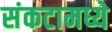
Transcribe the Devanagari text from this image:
संकटामध्ये